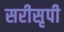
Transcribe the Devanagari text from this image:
सरीसृपी